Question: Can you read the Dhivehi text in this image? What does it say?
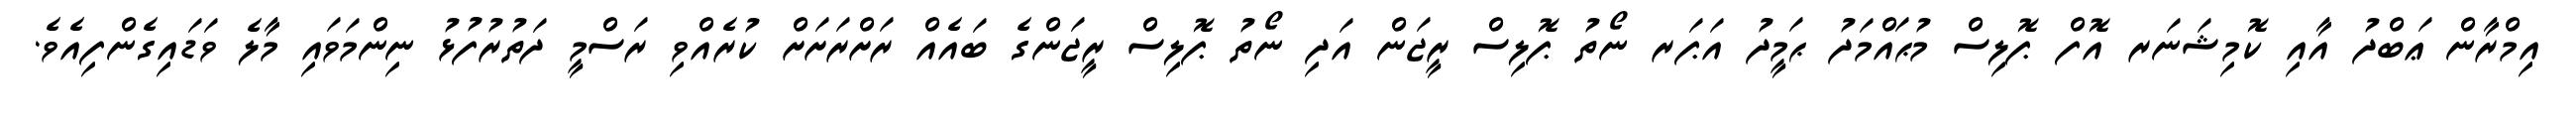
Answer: އިމްރާން ޢަބްދު އާއި ކޮމިޝަނަރ އޮފް ޕޮލިސް މުޙައްމަދު ޙަމީދު އަޕަރ ނޯތު ޕޮލިސް ރީޖަން އަދި ނޯތު ޕޮލިސް ރީޖަންގެ ބައެއް ރަށްރަށަށް ކުރެއްވި ރަސްމީ ދަތުރުފުޅު ނިންމަވައި މާލެ ވަޑައިގެންފިއެވެ.